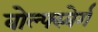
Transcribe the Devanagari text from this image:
वोल्फ्स्बेर्ग